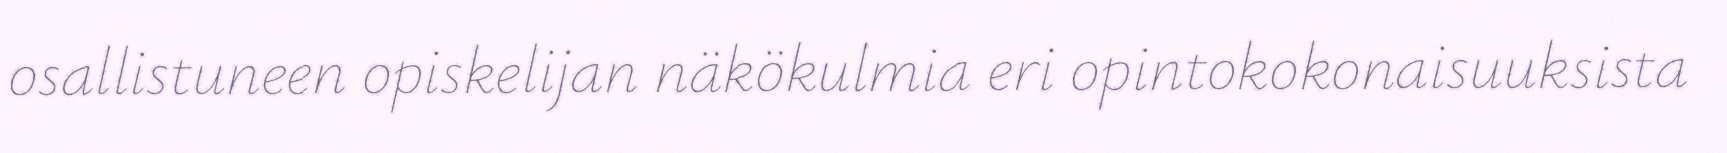
osallistuneen opiskelijan näkökulmia eri opintokokonaisuuksista